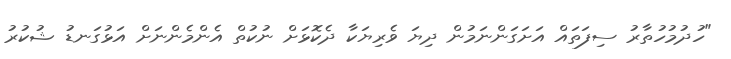
"ހުދުމުހުތާރު ސިފަތައް އަށަގަންނަމުން ދިޔަ ވެރިޔަކާ ދެކޮޅަށް ނުކުތް އެންމެންނަށް އަޅުގަނޑު ޝުކުރު